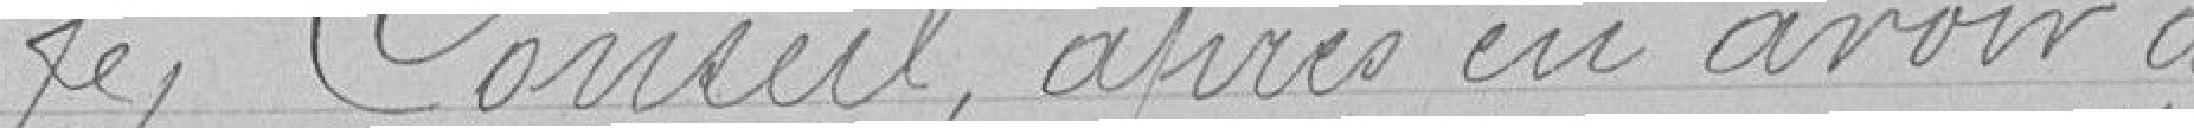
Le Conseil, après en avoir délibéré,